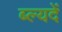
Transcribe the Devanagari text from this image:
ब्ल्यदें